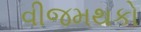
વીજમથકો